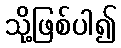
သို့ဖြစ်ပါ၍